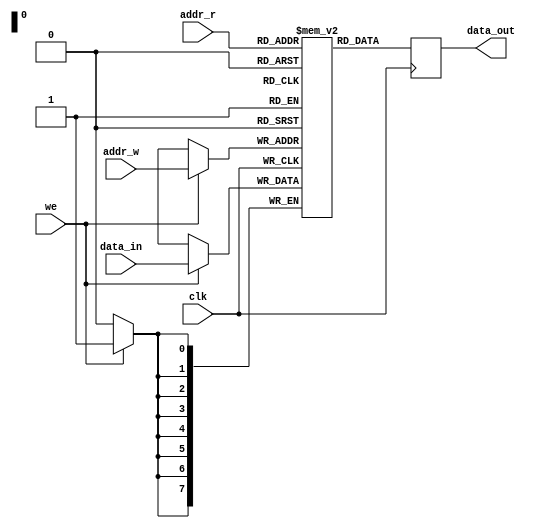
module dual_port_ram (
  input wire clk,
  input wire [7:0] addr_r,
  input wire [7:0] addr_w,
  input wire [7:0] data_in,
  input wire we,
  output reg [7:0] data_out
);

reg [7:0] memory [0:255];

always @ (posedge clk) begin
  if (we) begin
    memory[addr_w] <= data_in;
  end
  data_out <= memory[addr_r];
end

endmodule